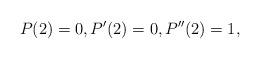
LaTeX: \begin{align*}P(2)=0,P'(2)=0,P''(2) =1,\end{align*}